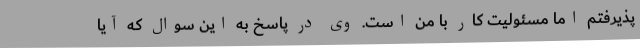
پذیرفتم اما مسئولیت کار با من است. وی در پاسخ به این سوال که آیا